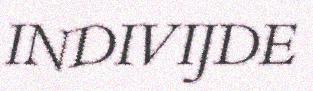
INDIVIJDE